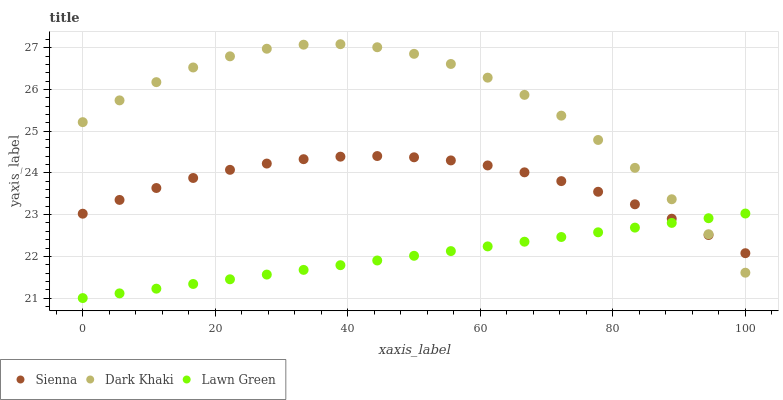
| xaxis_label | Sienna | Dark Khaki | Lawn Green |
 | --- | --- | --- | --- |
 | 0 | 23 | 25.2 | 21 |
 | 5.56 | 23.4 | 25.7 | 21.1 |
 | 11.1 | 23.6 | 26.2 | 21.2 |
 | 16.7 | 23.9 | 26.5 | 21.3 |
 | 22.2 | 24.1 | 26.8 | 21.5 |
 | 27.8 | 24.2 | 27 | 21.6 |
 | 33.3 | 24.3 | 27.1 | 21.7 |
 | 38.9 | 24.4 | 27.1 | 21.8 |
 | 44.4 | 24.4 | 27 | 21.9 |
 | 50 | 24.4 | 26.9 | 22 |
 | 55.6 | 24.3 | 26.6 | 22.1 |
 | 61.1 | 24.2 | 26.3 | 22.2 |
 | 66.7 | 24 | 25.9 | 22.4 |
 | 72.2 | 23.8 | 25.4 | 22.5 |
 | 77.8 | 23.5 | 24.8 | 22.6 |
 | 83.3 | 23.2 | 24.1 | 22.7 |
 | 88.9 | 22.9 | 23.4 | 22.8 |
 | 94.4 | 22.5 | 22.5 | 22.9 |
 | 100 | 22.1 | 21.6 | 23 |